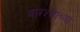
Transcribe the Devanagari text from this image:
बारश्याच्या